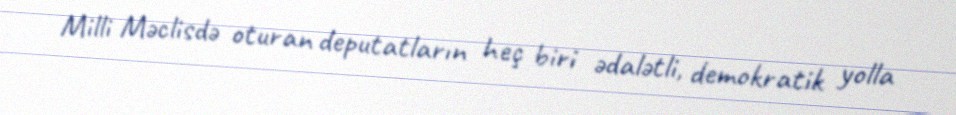
Milli Məclisdə oturan deputatların heç biri ədalətli, demokratik yolla